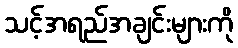
သင့်အရည်အချင်းများကို